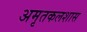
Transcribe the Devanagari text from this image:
अमृतकलशास